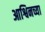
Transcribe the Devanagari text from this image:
आश्विनच्या